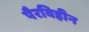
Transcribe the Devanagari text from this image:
पैरविहीन